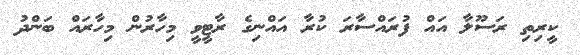
ކީރިތި ރަސޫލާ އައް ފުރައްސާރަ ކުރާ އައްނިގެ ރާޓީވީ މިހާރުން މިހާރައް ބަންދު